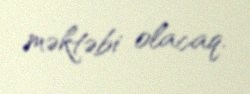
məktəbi olacaq.